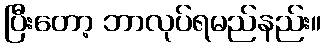
ပြီးတော့ ဘာလုပ်ရမည်နည်း။